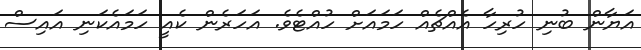
އަޔާން ބުނި ހުރިހާ އެއްޗެއް ހަމައަށް ހުއްޓެވެ. އަހަރެން ކެއީ ހަމައެކަނި އައިސް